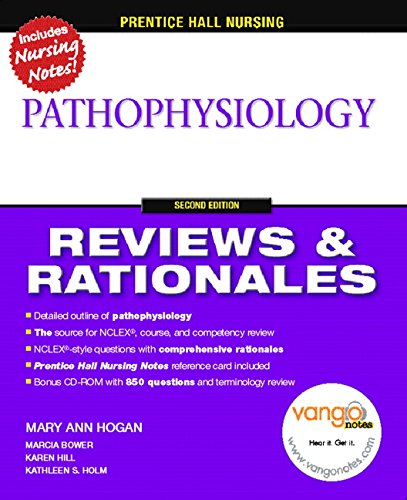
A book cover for Prentice Hall Nursing Reviews & Rationales: Pathophysiology, 2nd Edition; Mary Ann Hogan; Medical Books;